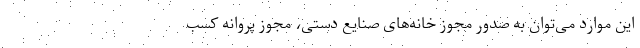
این موارد می‌توان به صدور مجوز خانه‌های صنایع دستی، مجوز پروانه کسب